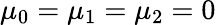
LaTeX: \mu_{0}=\mu_{1}=\mu_{2}=0